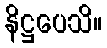
နိဋ္ဌပေသိ။